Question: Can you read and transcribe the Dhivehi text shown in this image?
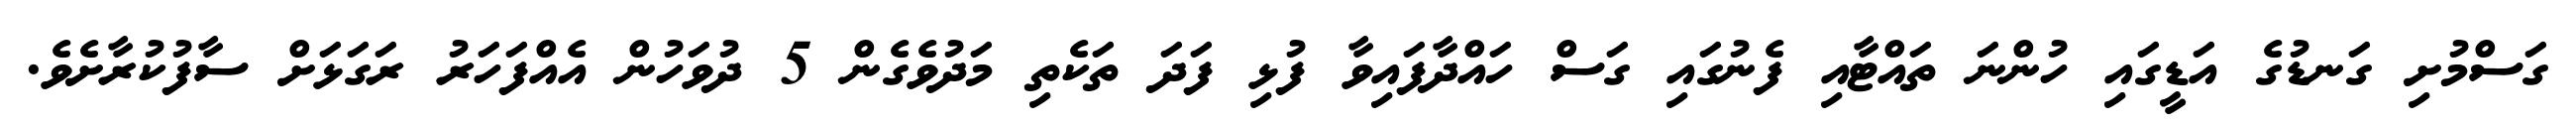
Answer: ގަސްމުށި ގަނޑުގެ އަޑީގައި ހުންނަ ތައްޓާއި ފެނުގައި ގަސް ހައްދާފައިވާ ފުޅި ފަދަ ތަކެތި މަދުވެގެން 5 ދުވަހުން އެއްފަހަރު ރަގަޅަށް ސާފުކުރާށެވެ.